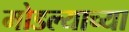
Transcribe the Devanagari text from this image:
मोडल्याच्या